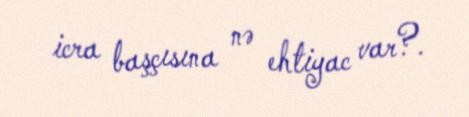
icra başçısına nə ehtiyac var?.